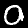
Label: 0